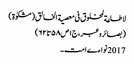
لاطاعة لمخلوق فی معصیة الخالق (مشکوٰة)
(بصائروعبر،ج١ص٥٨تا٦٢)
2017 نواءے امت ۔